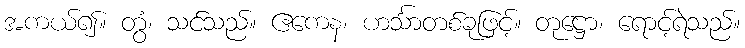
အကယ်၍။ တွံ၊ သင်သည်။ ဧကေန၊ ဟင်္သာတစ်ခုဖြင့်။ တုဋ္ဌော၊ ရောင့်ရဲသည်။